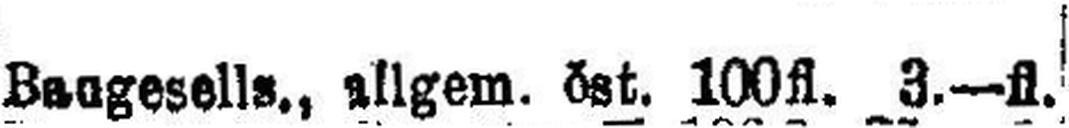
Baugesells., allgem. öst. 100fl. 3.—fl.